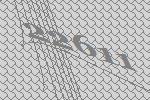
22611